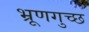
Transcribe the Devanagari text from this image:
भ्रूणगुच्छ